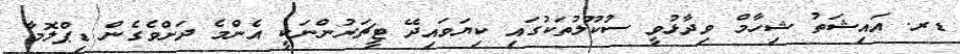
ޑރ. އައިޝަތު ޝިހާމް ވިދާޅުވީ ސުކޫލުތަކުގައި ކިޔަވައިދޭ ޓީޗަރުންނަކީ އެންމެ ދަށްވެގެން ޑިޕްލޮމާ